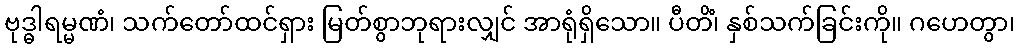
ဗုဒ္ဓါရမ္မဏံ၊ သက်တော်ထင်ရှား မြတ်စွာဘုရားလျှင် အာရုံရှိသော။ ပီတိံ၊ နှစ်သက်ခြင်းကို။ ဂဟေတွာ၊